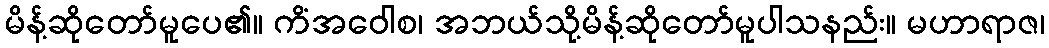
မိန့်ဆိုတော်မူပေ၏။ ကိံအဝေါစ၊ အဘယ်သို့မိန့်ဆိုတော်မူပါသနည်း။ မဟာရာဇ၊